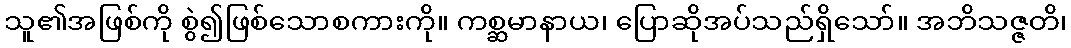
သူ၏အဖြစ်ကို စွဲ၍ဖြစ်သောစကားကို။ ကစ္ဆမာနာယ၊ ပြောဆိုအပ်သည်ရှိသော်။ အဘိသဇ္ဇတိ၊